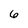
Character: 6